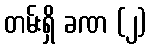
တမ်းရှိ ခဏ (၂)